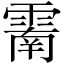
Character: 𩄑